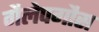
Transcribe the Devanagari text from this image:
गैलेपगौस